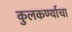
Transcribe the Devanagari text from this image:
कुलकर्ण्याचा